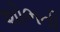
શોભતી